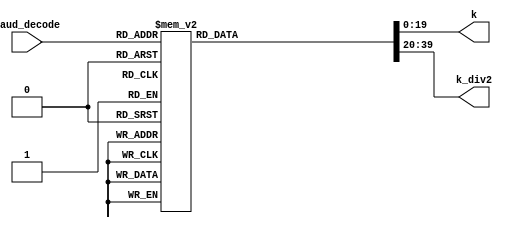
`timescale 1ns / 1ps
//////////////////////////////////////////////////////////////////////////////////
// Company: 
// Engineer: 
// 
// Design Name: 
// Module Name:    baud_rate_decoder 
// Project Name: 
// Target Devices: 
// Tool versions: 
// Description: 
//
// Dependencies: 
//
// Revision: 
// Revision 0.01 - File Created
// Additional Comments: 
//
//////////////////////////////////////////////////////////////////////////////////
module baud_rate_decoder(baud_decode,k,k_div2 );
input [3:0] baud_decode;
output reg [19:0] k;
output reg [19:0] k_div2;
always @ (*) begin
	case (baud_decode)
		4'b0000: begin k = 333333;k_div2 = 333333/2; end//Baud Rate: 300
		4'b0001: begin k = 83333;k_div2 = 83333/2; end //Baud Rate: 1200
		4'b0010: begin k = 41667;k_div2 = 41667/2; end //Baud Rate: 2400
		4'b0011: begin k = 20833;k_div2 = 20833/2; end //Baud Rate: 4800
		4'b0100: begin k = 10417;k_div2 = 10417/2; end//Baud Rate: 9600
		4'b0101: begin k = 5208;k_div2 = 5208/2; end  //Baud Rate: 19200
		4'b0110: begin k = 2604;k_div2 = 2604/2; end  //Baud Rate: 38400
		4'b0111: begin k = 1736;k_div2 = 1736/2; end //Baud Rate: 57600
		4'b1000: begin k = 868; k_div2 = 868/2;end   //Baud Rate: 115200
		4'b1001: begin k = 434;k_div2 = 434/2; end   //Baud Rate: 230400
		4'b1010: begin k = 217;k_div2 = 217/2; end   //Baud Rate: 460800
		4'b1011: begin k = 109;k_div2 = 109/2; end  //Baud Rate: 921600
		default: begin k = 333333;k_div2 = 333333/2; end//Baud Rate: 300
	endcase
end

endmodule